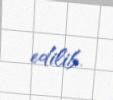
edilib.